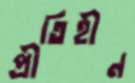
প্রীতিহীন